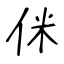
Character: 侎